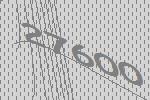
27600